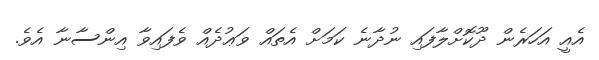
އެއީ އަހަރެން ދޫކޮށްލާފައި ނުދާނެ ކަމަށް އެތައް ވަޢުދެއް ވެފައިވާ އިންސާނާ އެވެ.